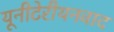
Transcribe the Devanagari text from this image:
यूनीटेरीयनवाद